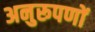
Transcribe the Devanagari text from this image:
अनुरूपणों